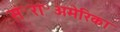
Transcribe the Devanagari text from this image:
सं॰रा॰अमेरिका